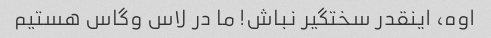
اوه، اینقدر سختگیر نباش! ما در لاس وگاس هستیم